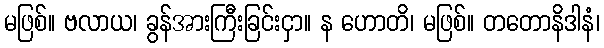
မဖြစ်။ ဗလာယ၊ ခွန်အားကြီးခြင်းငှာ။ န ဟောတိ၊ မဖြစ်။ တတောနိဒါနံ၊